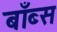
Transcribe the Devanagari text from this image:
बाँब्स